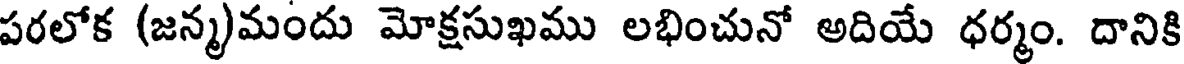
పరలోక (జన్మ)మందు మోక్షసుఖము లభించునో అదియే ధర్మం. దానికి